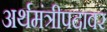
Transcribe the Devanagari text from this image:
अर्थमंत्रीपदावर